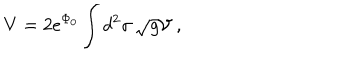
V = 2 e ^ { \Phi _ { 0 } } \int d ^ { 2 } \sigma \, \sqrt { g } { \cal V } \ ,